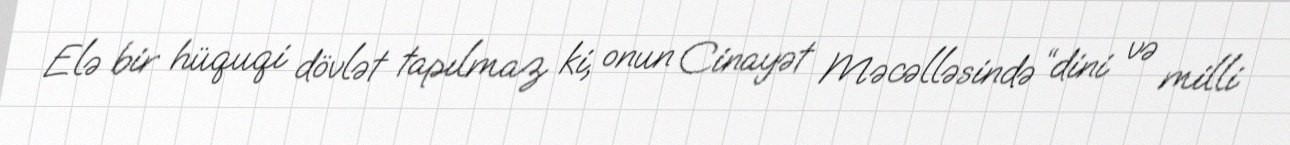
Elə bir hüquqi dövlət tapılmaz ki, onun Cinayət Məcəlləsində “dini və milli